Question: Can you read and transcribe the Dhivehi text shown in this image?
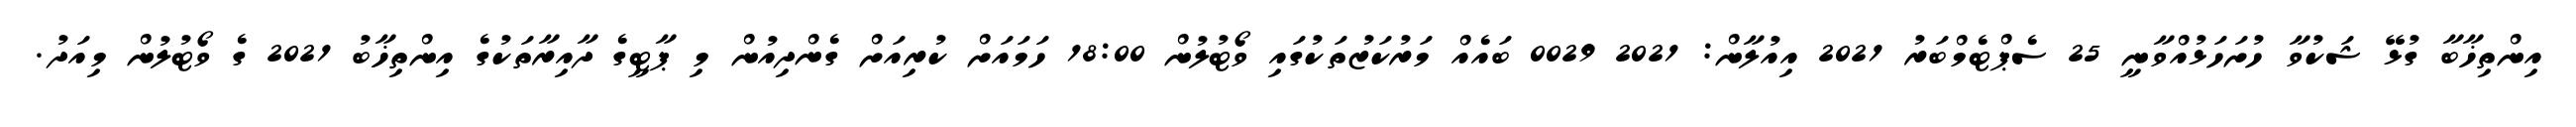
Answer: އިންތިޚާބާ ގުޅޭ ޝަކުވާ ހުށަހަޅުއްވާނީ 25 ސެޕްޓެމްބަރު 2021 އިއުލާން: 2021 0029 ބައެއް މަރުކަޒުތަކުގައި ވޯޓުލުން 18:00 ހަމައަށް ކުރިއަށް ގެންދިއުން މި ޕާޓީގެ ދާއިރާތަކުގެ އިންތިޚާބު 2021 ގެ ވޯޓުލުން މިއަދު.